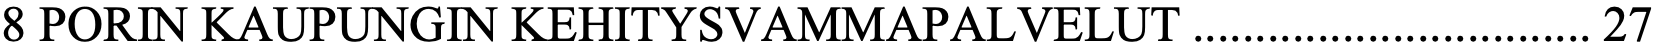
8 PORIN KAUPUNGIN KEHITYSVAMMAPALVELUT ................................ 27